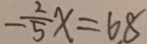
- \frac { 2 } { 5 } x = 6 8